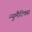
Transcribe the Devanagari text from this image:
न्युमैटिक्स